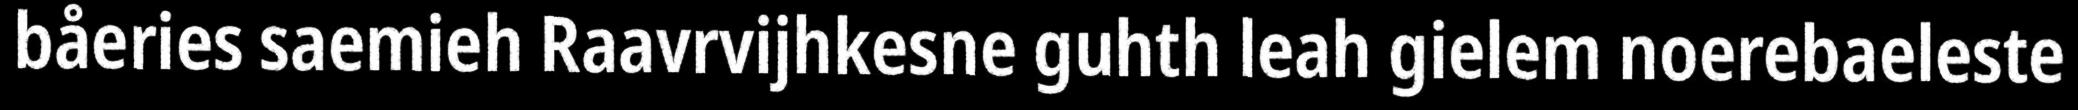
båeries saemieh Raavrvijhkesne guhth leah gielem noerebaeleste